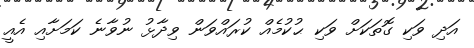
އަދި ވަކި ގޮތަކަށް ވަކި ޙުކުމެއް ކުރައްވަން ވިދާޅު ނުވާނެ ކަމަށާއި އެއީ